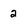
Character: 2